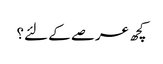
کچھ عرصے کے لئے؟